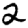
Digit: 2